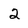
Character: 2